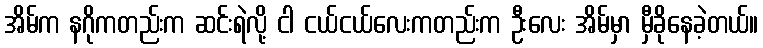
အိမ်က နဂိုကတည်းက ဆင်းရဲလို့ ငါ ငယ်ငယ်လေးကတည်းက ဦးလေး အိမ်မှာ မှီခိုနေခဲ့တယ်။